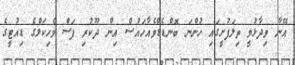
އޭނާ ވިދާޅުވީ ތިލަފުށީގައި ހުންނަ ބޮންޑެޑްވެއާހައުސް އިން ދޫކުރި ފަސް ވެހިކަލްގެ ޑިއުޓީގެ